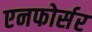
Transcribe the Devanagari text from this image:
एनफोर्सर